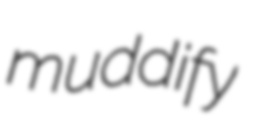
muddify